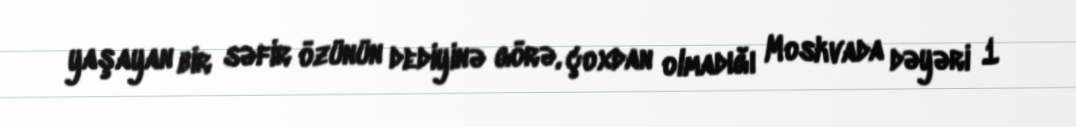
yaşayan bir səfir özünün dediyinə görə, çoxdan olmadığı Moskvada dəyəri 1